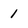
Character: 1